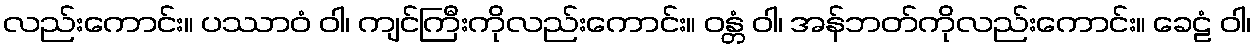
လည်းကောင်း။ ပဿာဝံ ဝါ၊ ကျင်ကြီးကိုလည်းကောင်း။ ဝန္တံ ဝါ၊ အန်ဘတ်ကိုလည်းကောင်း။ ခေဠံ ဝါ၊